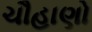
ચૌહાણો